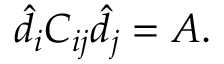
\hat { d } _ { i } C _ { i j } \hat { d } _ { j } = A .